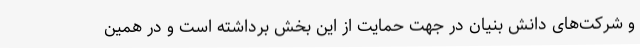
و شرکت‌های دانش بنیان در جهت حمایت از این بخش برداشته است و در همین